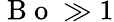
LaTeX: \mathrm{~B~o~}\gg 1